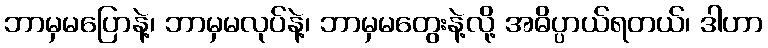
ဘာမှမပြောနဲ့၊ ဘာမှမလုပ်နဲ့၊ ဘာမှမတွေးနဲ့လို့ အဓိပ္ပာယ်ရတယ်၊ ဒါဟာ